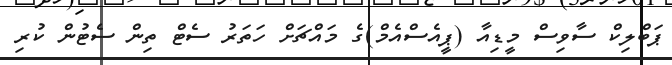
ޕަބްލިކް ސާވިސް މީޑިއާ (ޕީއެސްއެމް)ގެ މައްޗަށް ހަތަރު ސެޓް ތިން ސެޓުން ކުރި